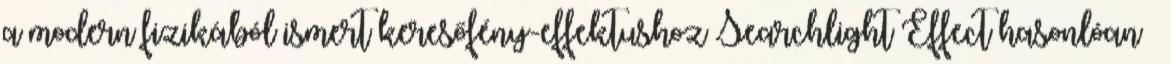
a modern fizikából ismert keresőfény-effektushoz Searchlight Effect hasonlóan –